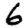
Digit: 6